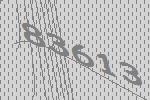
83613